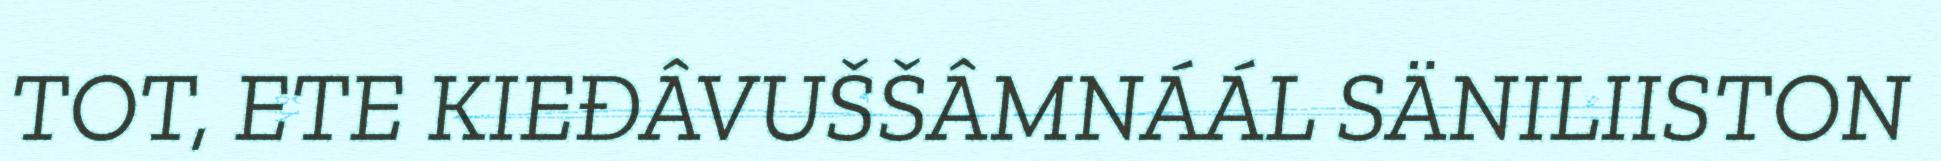
TOT, ETE KIEĐÂVUŠŠÂMNÁÁL SÄNILIISTON